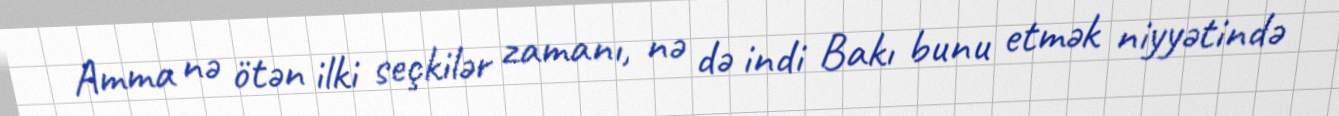
Amma nə ötən ilki seçkilər zamanı, nə də indi Bakı bunu etmək niyyətində